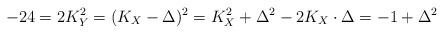
LaTeX: \begin{align*}-24=2K_Y^2=(K_X-\Delta)^2=K_X^2+\Delta^2-2K_X\cdot \Delta =-1+\Delta^2\end{align*}